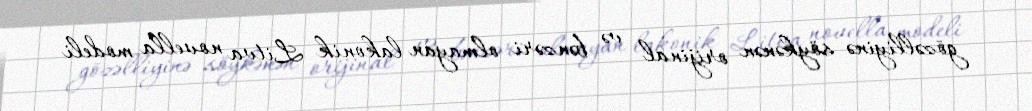
gözəlliyinə söykənən orijinal və bənzəri olmayan lakonik Litva novella modeli